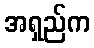
အရှည်က